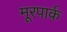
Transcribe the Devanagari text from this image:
मूरपार्क